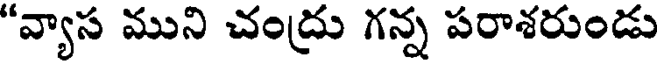
"వ్యాస ముని చంద్రు గన్న పరాశరుండు